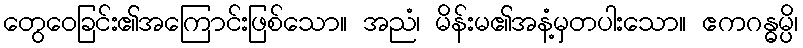
တွေဝေခြင်း၏အကြောင်းဖြစ်သော။ အညံ၊ မိန်းမ၏အနံ့မှတပါးသော။ ဧကဂန္ဓမ္ပိ၊